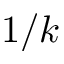
1 / k